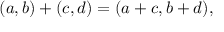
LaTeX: ( a , b ) + ( c , d ) = ( a + c , b + d ) ,